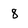
Character: 8